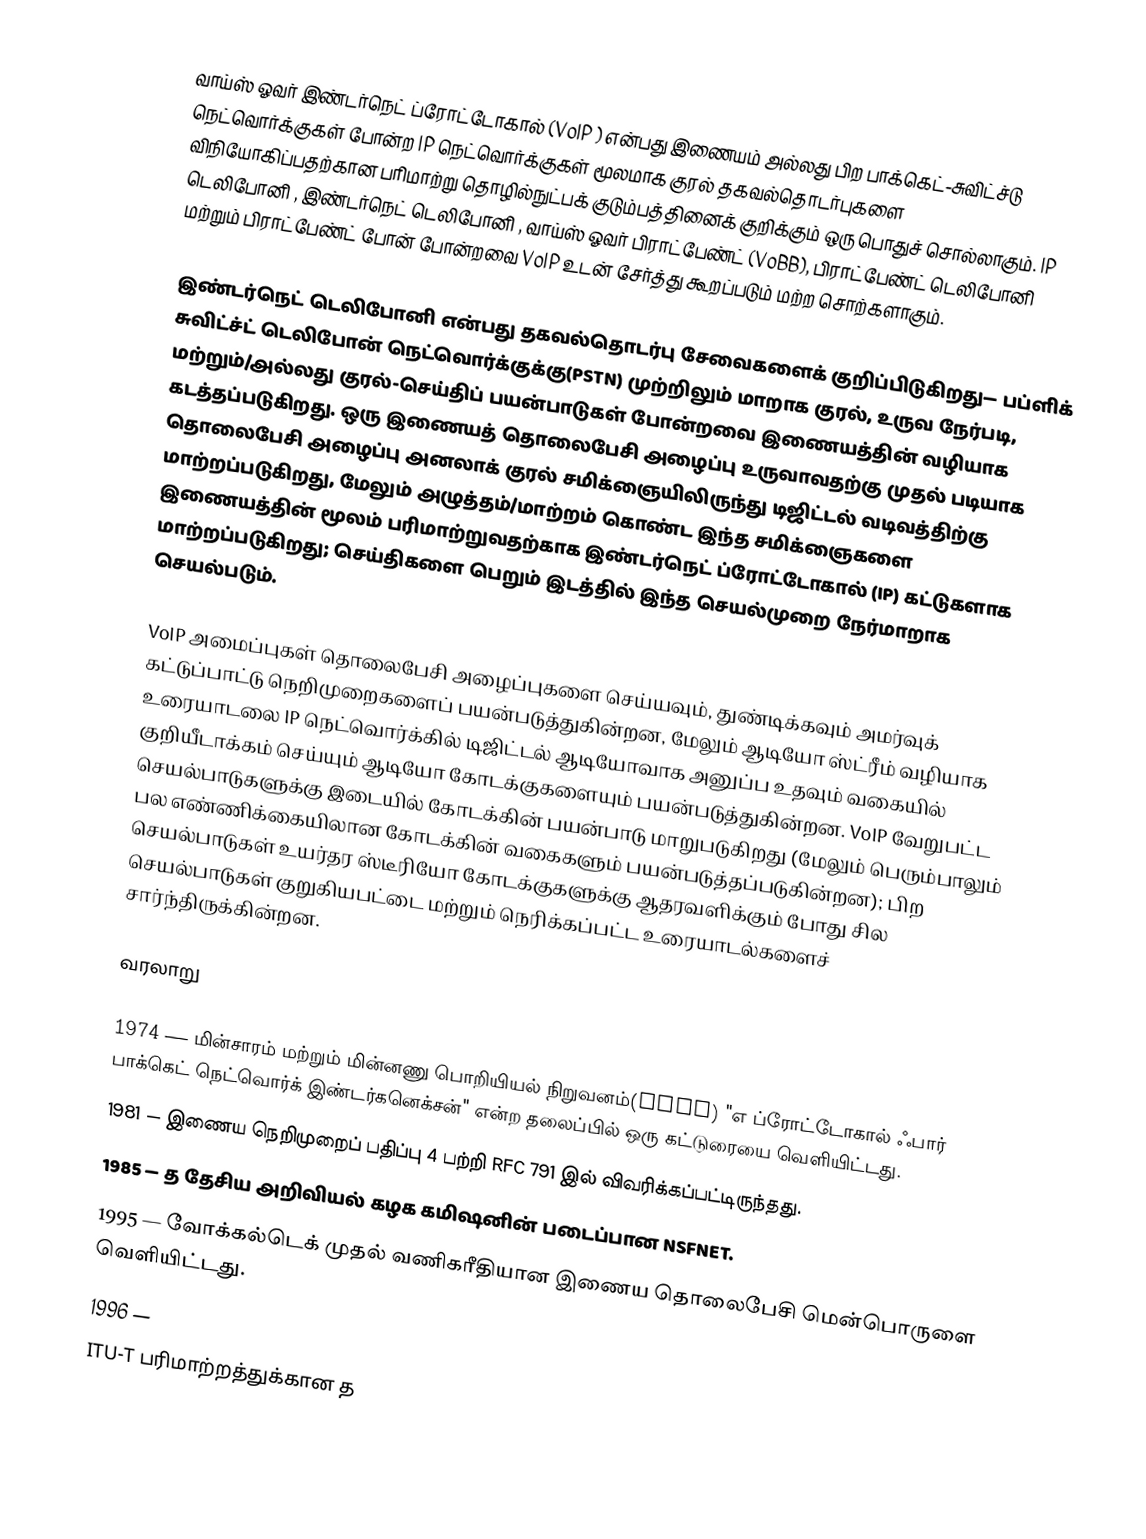
வாய்ஸ் ஓவர் இண்டர்நெட் ப்ரோட்டோகால் (VoIP ) என்பது இணையம் அல்லது பிற பாக்கெட்-சுவிட்ச்டு நெட்வொர்க்குகள் போன்ற IP நெட்வொர்க்குகள் மூலமாக குரல் தகவல்தொடர்புகளை விநியோகிப்பதற்கான பரிமாற்று தொழில்நுட்பக் குடும்பத்தினைக் குறிக்கும் ஒரு பொதுச் சொல்லாகும். IP டெலிபோனி , இண்டர்நெட் டெலிபோனி , வாய்ஸ் ஓவர் பிராட்பேண்ட் (VoBB), பிராட்பேண்ட் டெலிபோனி மற்றும் பிராட்பேண்ட் போன் போன்றவை VoIP உடன் சேர்த்து கூறப்படும் மற்ற சொற்களாகும்.

இண்டர்நெட் டெலிபோனி என்பது தகவல்தொடர்பு சேவைகளைக் குறிப்பிடுகிறது— பப்ளிக் சுவிட்ச்ட் டெலிபோன் நெட்வொர்க்குக்கு(PSTN) முற்றிலும் மாறாக குரல், உருவ நேர்படி, மற்றும்/அல்லது குரல்-செய்திப் பயன்பாடுகள் போன்றவை இணையத்தின் வழியாக கடத்தப்படுகிறது. ஒரு இணையத் தொலைபேசி அழைப்பு உருவாவதற்கு முதல் படியாக தொலைபேசி அழைப்பு அனலாக் குரல் சமிக்ஞையிலிருந்து டிஜிட்டல் வடிவத்திற்கு மாற்றப்படுகிறது, மேலும் அழுத்தம்/மாற்றம் கொண்ட இந்த சமிக்ஞைகளை இணையத்தின் மூலம் பரிமாற்றுவதற்காக இண்டர்நெட் ப்ரோட்டோகால் (IP) கட்டுகளாக மாற்றப்படுகிறது; செய்திகளை பெறும் இடத்தில் இந்த செயல்முறை நேர்மாறாக செயல்படும்.

VoIP அமைப்புகள் தொலைபேசி அழைப்புகளை செய்யவும், துண்டிக்கவும் அமர்வுக் கட்டுப்பாட்டு நெறிமுறைகளைப் பயன்படுத்துகின்றன, மேலும் ஆடியோ ஸ்ட்ரீம் வழியாக உரையாடலை IP நெட்வொர்க்கில் டிஜிட்டல் ஆடியோவாக அனுப்ப உதவும் வகையில் குறியீடாக்கம் செய்யும் ஆடியோ கோடக்குகளையும் பயன்படுத்துகின்றன. VoIP வேறுபட்ட செயல்பாடுகளுக்கு இடையில் கோடக்கின் பயன்பாடு மாறுபடுகிறது (மேலும் பெரும்பாலும் பல எண்ணிக்கையிலான கோடக்கின் வகைகளும் பயன்படுத்தப்படுகின்றன); பிற செயல்பாடுகள் உயர்தர ஸ்டீரியோ கோடக்குகளுக்கு ஆதரவளிக்கும் போது சில செயல்பாடுகள் குறுகியபட்டை மற்றும் நெரிக்கப்பட்ட உரையாடல்களைச் சார்ந்திருக்கின்றன.

வரலாறு

 1974 — மின்சாரம் மற்றும் மின்னணு பொறியியல் நிறுவனம்(IEEE) "எ ப்ரோட்டோகால் ஃபார் பாக்கெட் நெட்வொர்க் இண்டர்கனெக்சன்" என்ற தலைப்பில் ஒரு கட்டுரையை வெளியிட்டது.
 1981 — இணைய நெறிமுறைப் பதிப்பு 4 பற்றி RFC 791 இல் விவரிக்கப்பட்டிருந்தது.
 1985 — த தேசிய அறிவியல் கழக கமிஷனின் படைப்பான NSFNET.
 1995 — வோக்கல்டெக் முதல் வணிகரீதியான இணைய தொலைபேசி மென்பொருளை வெளியிட்டது.
 1996 —
 ITU-T பரிமாற்றத்துக்கான த